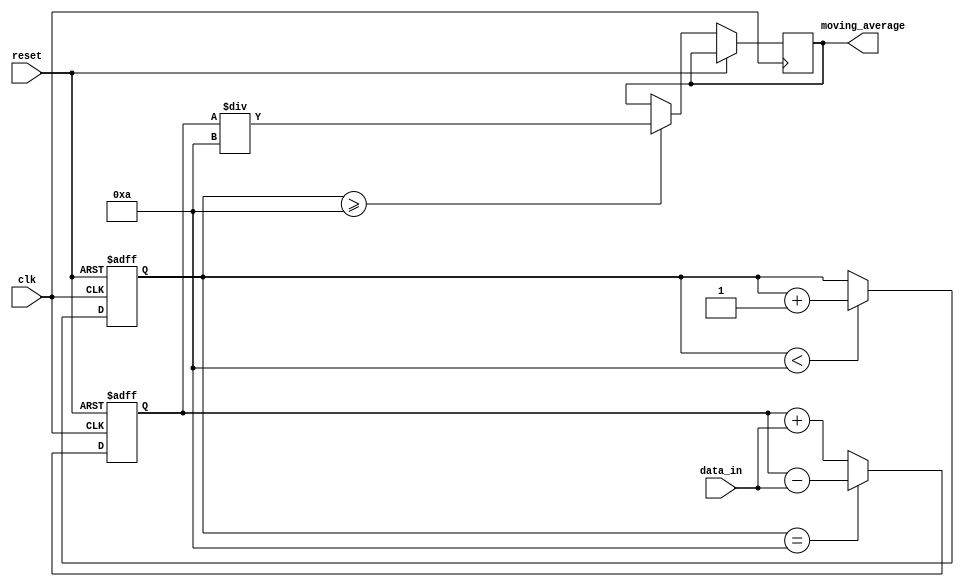
module moving_average_accumulator(
    input wire clk,
    input wire reset,
    input wire [7:0] data_in,
    output reg [15:0] moving_average
);

reg [15:0] sum;
reg [7:0] window_size = 10;
reg [7:0] count;

always @ (posedge clk or posedge reset) begin
    if (reset) begin
        sum <= 0;
        count <= 0;
    end else begin
        sum <= sum + data_in;
        if (count == window_size) begin
            sum <= sum - data_in;
        end
        
        if (count < window_size) begin
            count <= count + 1;
        end
        
        if (count >= window_size) begin
            moving_average <= sum / window_size;
        end
    end
end

endmodule